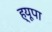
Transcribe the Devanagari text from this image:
ह्‌यूपा